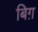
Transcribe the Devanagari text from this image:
बिग़